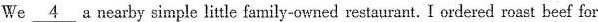
We \underline{4} a nearby simple litle family-owned restaurant. I ordered roast beef for